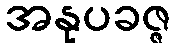
အနုပခဇ္ဇ